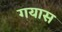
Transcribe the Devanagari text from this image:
गयास